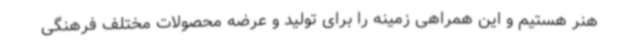
هنر هستیم و این همراهی زمینه را برای تولید و عرضه محصولات مختلف فرهنگی